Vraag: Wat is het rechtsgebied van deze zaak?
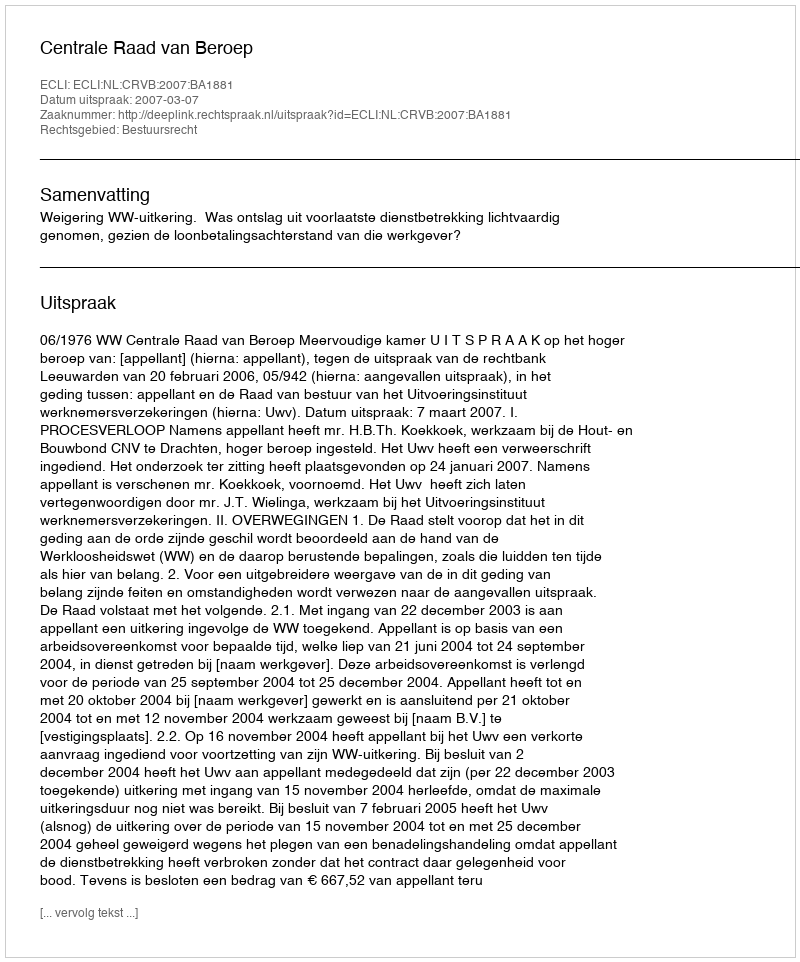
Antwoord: Bestuursrecht